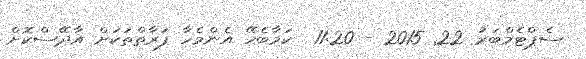
ސެޕްޓެމްބަރު 22